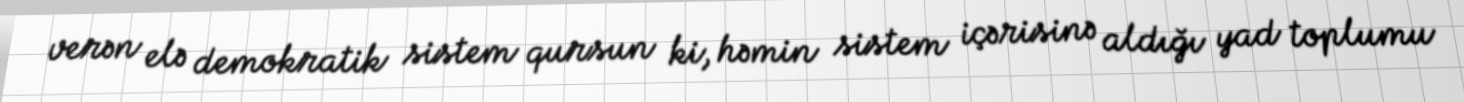
verən elə demokratik sistem qursun ki, həmin sistem içərisinə aldığı yad toplumu